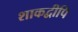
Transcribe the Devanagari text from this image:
शाकद्वीपि